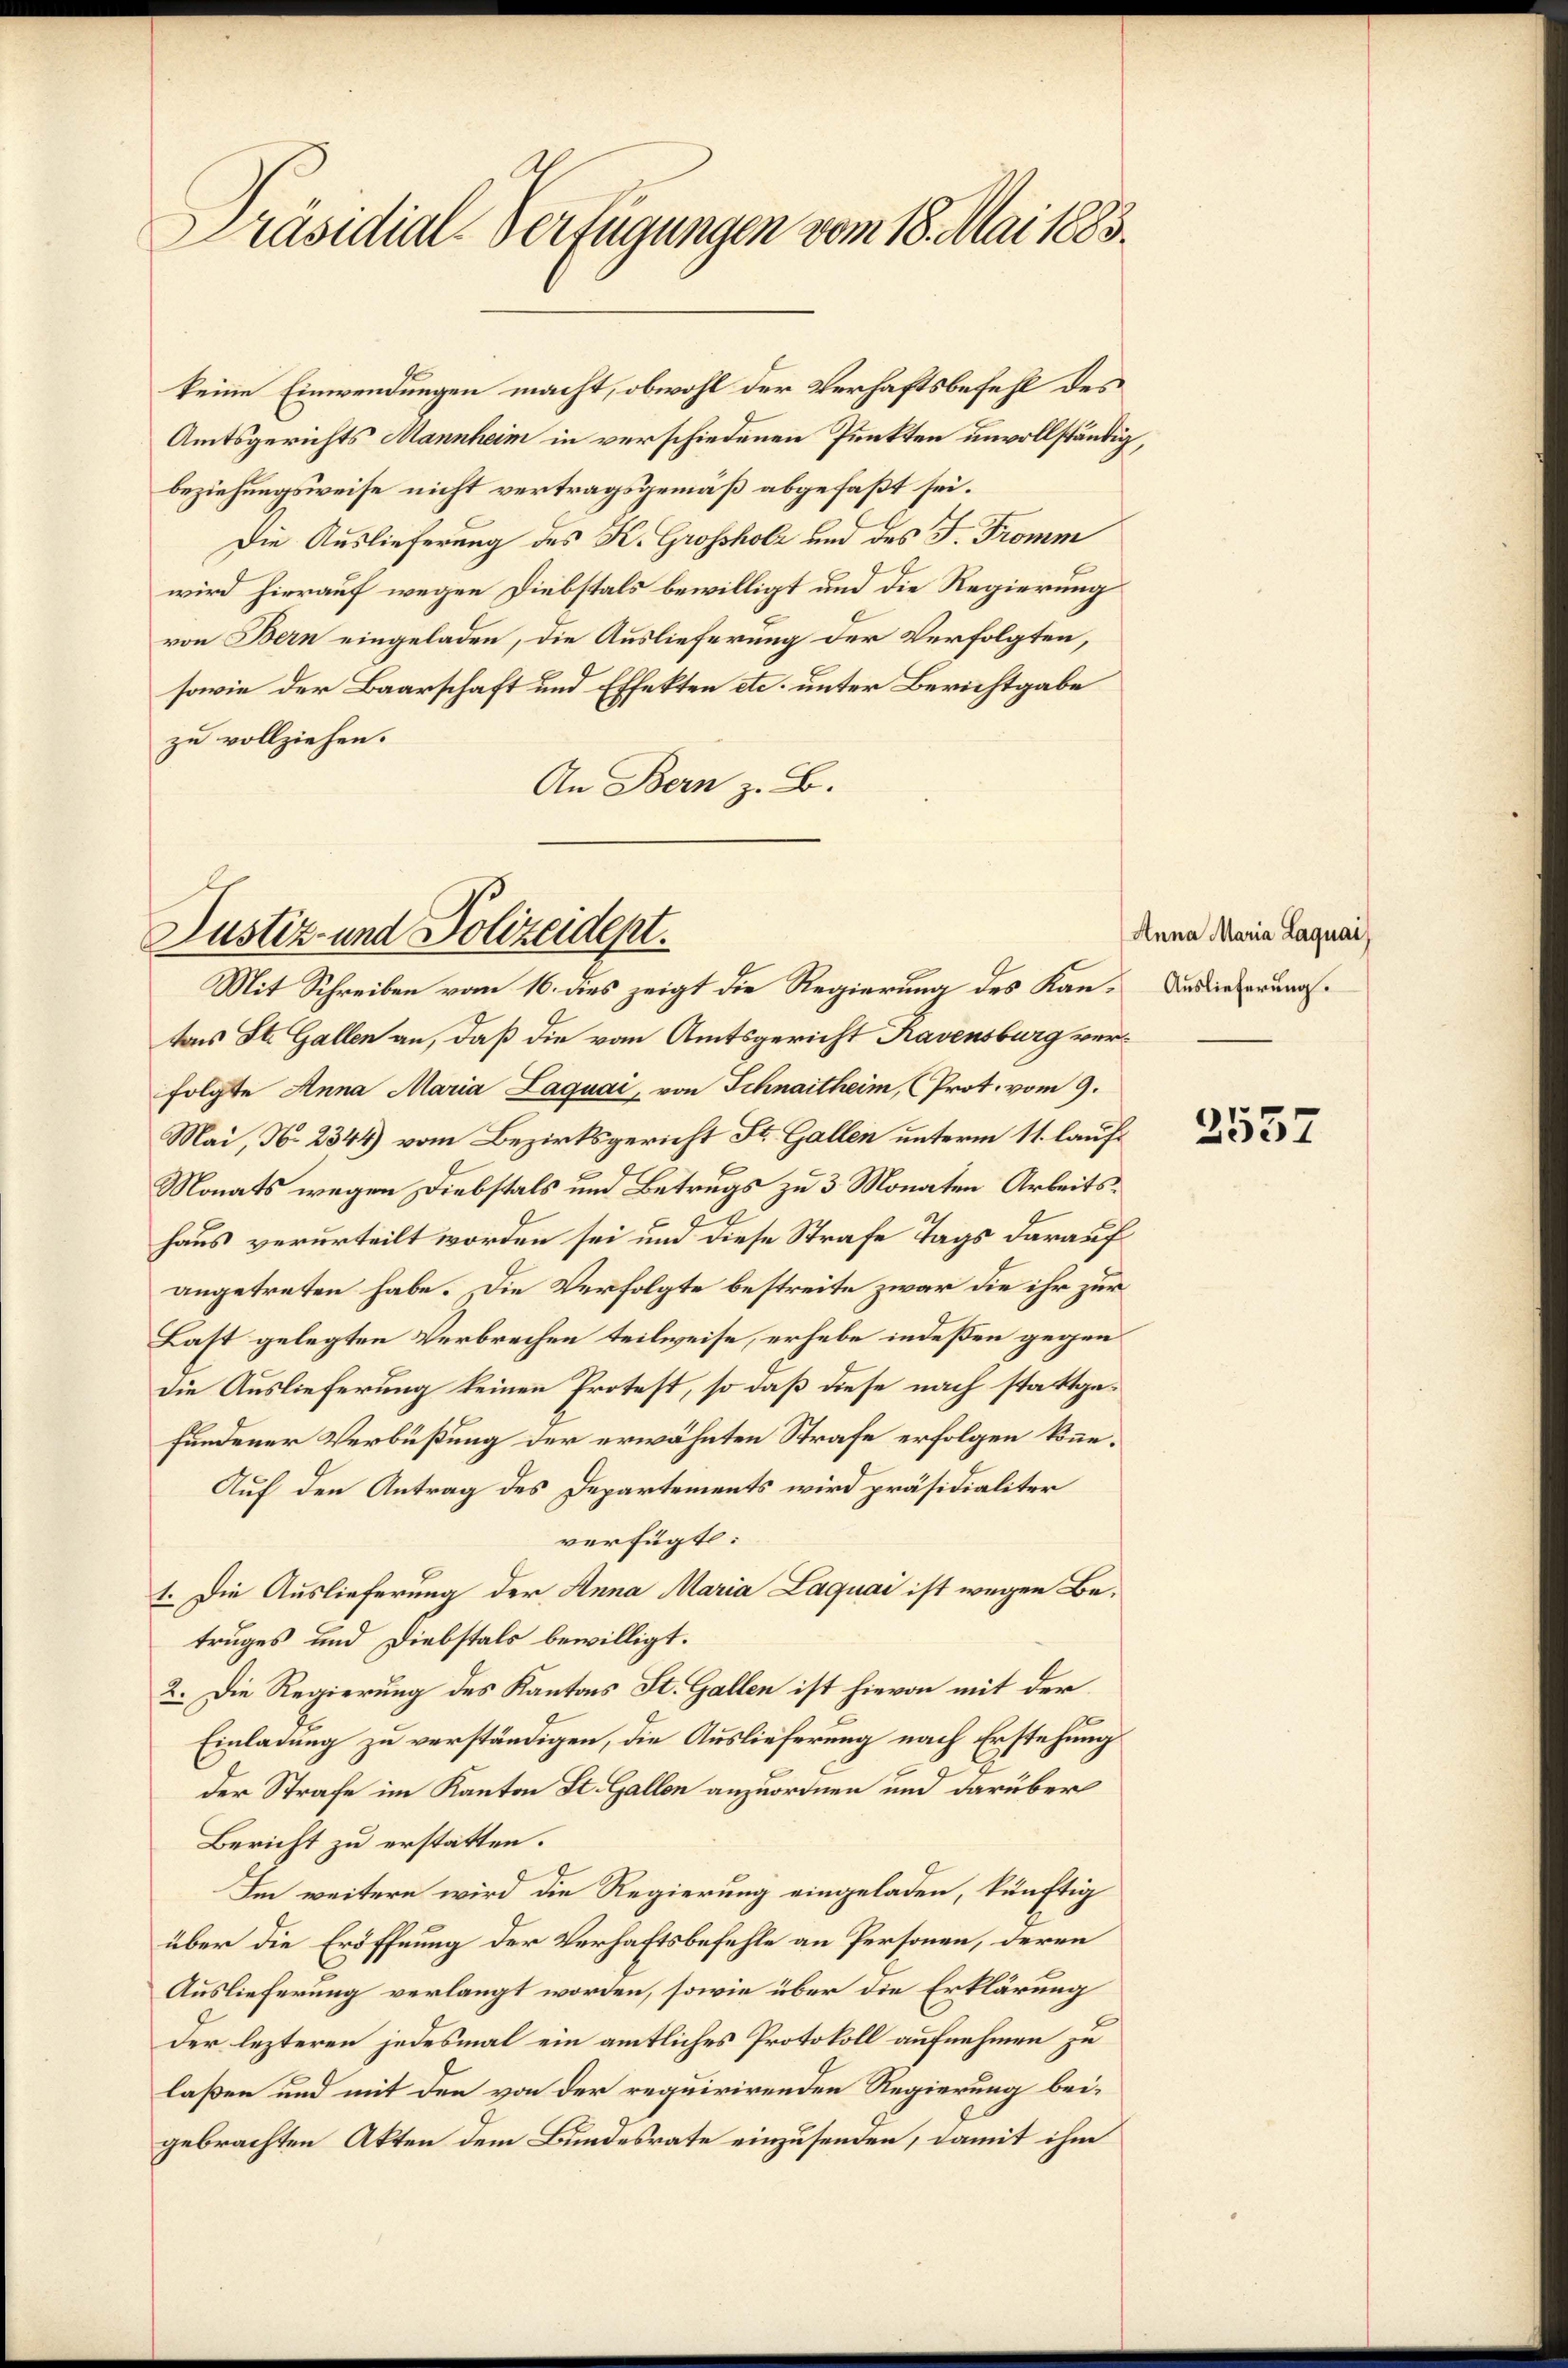
Präsidial-Verfügungen vom 18. Mai 1883.

keine Einwendungen macht, obwohl der Verhaftsbefehl des
Amtsgerichts Mannheim in verschiedenen Punkten unvollständig,
beziehungsweise nicht vertragsgemäß abgefaßt sei.
Die Auslieferung des K. Grossholz und des J. Tromm
wird hierauf wegen Diebstals bewilligt und die Regierung
von Bern eingeladen, die Auslieferung der Verfolgten,
sowie der Baarschaft und Effekten etc. unter Berichtgabe
zu vollziehen.
An Bern z. B.

Justiz- und Polizeidept.
Mit Schreiben vom 16. dies zeigt die Regierung des Kan¬

tons St. Gallen an, daß die vom Amtsgericht Ravensburg verfolgte Anna Maria Laquai, von Schnaitheim, (Prot. vom 9.
Mai, No 2344) vom Bezirksgericht St. Gallen unterm 11. lauf¬
Monats wegen Diebstals und Betrugs zu 3 Monaten Arbeitshaus verurteilt worden sei und diese Strafe Tags darauf
angetreten habe. Die Verfolgte bestreite zwar die ihr zur
Last gelegten Verbrechen teilweise, erhebe indeßen gegen
die Auslieferung keinen Protest, so daß diese nach stattgefundener Verbüßung der erwähnten Strafe erfolgen könne.
Auf den Antrag des Departements wird präsidialiter
verfügt:
1. Die Auslieferung der Anna Maria Laquai ist wegen Betruges und Diebstals bewilligt.
2. Die Regierung des Kantons St. Gallen ist hievon mit der
Einladung zu verständigen, die Auslieferung nach Erstehung
der Strafe im Kanton St. Gallen anzuordnen und darüber
Bericht zu erstatten.
Im weitere wird die Regierung eingeladen, künftig
über die Eröffnung der Verhaftsbefehle an Personen, deren
Auslieferung verlangt worden, sowie über die Erklärung
Der lezteren jedesmal ein amtliches Protokoll aufnehmen zu
laßen und mit den von der requirirenden Regierung bei-
gebrachten Akten dem Bundesrate einzusenden, damit ihm

Anna Maria Laquai
Auslieferung.

2557